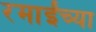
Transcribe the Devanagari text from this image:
रमाईंच्या